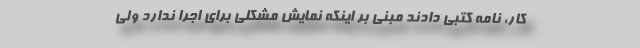
کار، نامه کتبی دادند مبنی بر اینکه نمایش مشکلی برای اجرا ندارد ولی